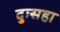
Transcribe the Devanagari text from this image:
दुःसहा